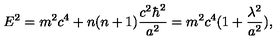
E ^ { 2 } = m ^ { 2 } c ^ { 4 } + n ( n + 1 ) \frac { c ^ { 2 } \hbar ^ { 2 } } { a ^ { 2 } } = m ^ { 2 } c ^ { 4 } ( 1 + \frac { \lambda ^ { 2 } } { a ^ { 2 } } ) ,